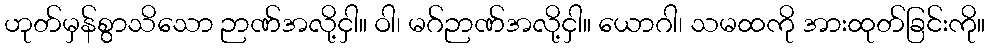
ဟုတ်မှန်စွာသိသော ဉာဏ်အလို့ငှါ။ ဝါ၊ မဂ်ဉာဏ်အလို့ငှါ။ ယောဂါ၊ သမထကို အားထုတ်ခြင်းကို။